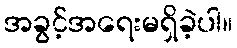
အခွင့်အရေးမရှိခဲ့ပါ။